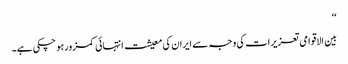
‘‘
بین الاقوامی تعزیرات کی وجہ سے ایران کی معیشت انتہائی کمزور ہو چکی ہے۔